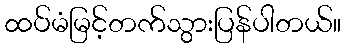
ထပ်မံမြင့်တက်သွားပြန်ပါတယ်။